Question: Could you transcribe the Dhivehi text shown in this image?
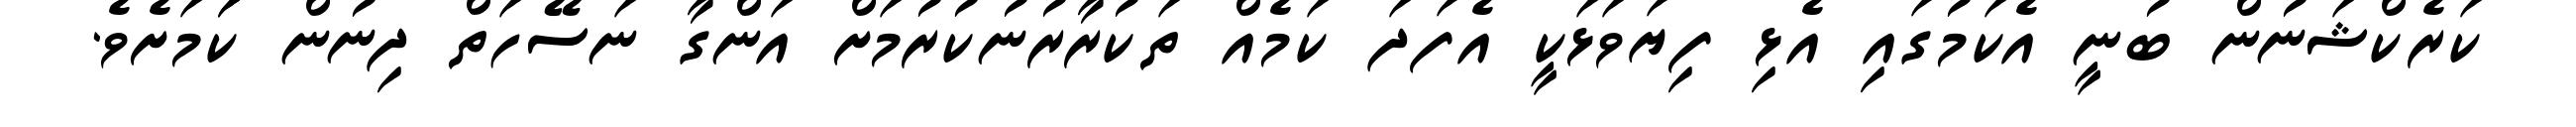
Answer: ކަރެކްޝަނުން ބުނީ އެކަމުގައި އެޅި ފިޔަވަޅަކީ އެފަދަ ކަމެއް ތަކުރާރުނުކުރުމަށް އަންގާ ނަސޭހަތް ދިނުން ކަަމަށެވެ.